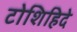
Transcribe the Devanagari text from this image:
टोशिहिदे